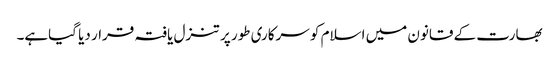
بھارت کے قانون میں اسلام کو سرکاری طور پر تنزل یافتہ قرار دیا گیاہے۔